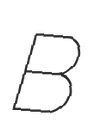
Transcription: B